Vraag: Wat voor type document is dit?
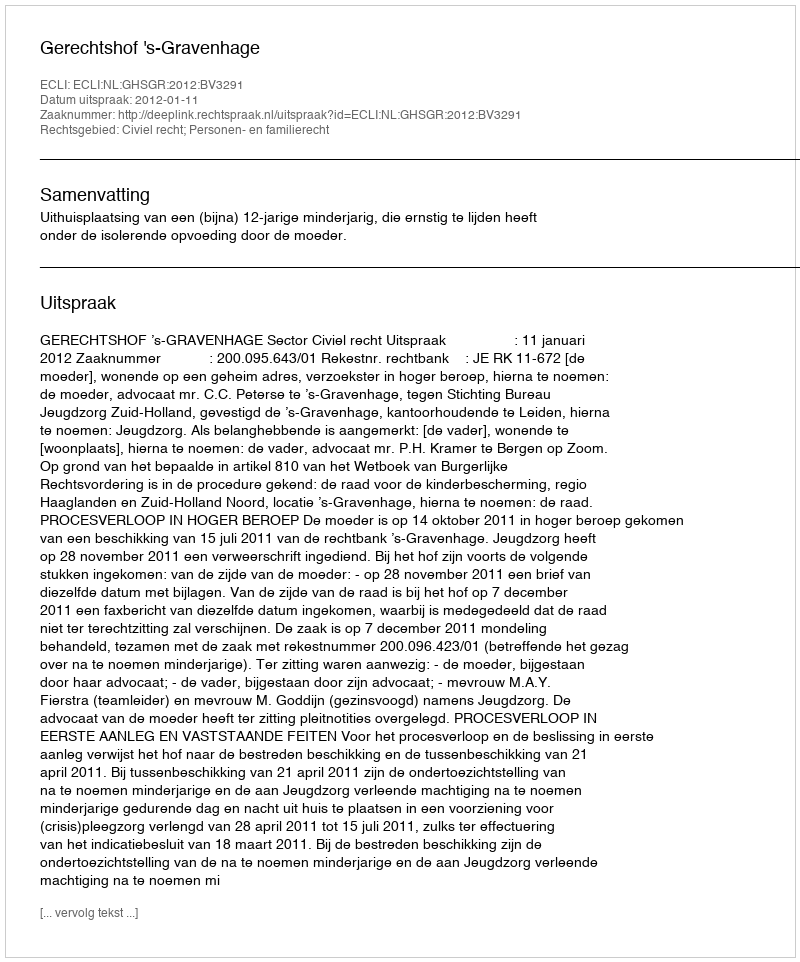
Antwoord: Uitspraak